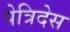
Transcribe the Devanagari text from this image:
पेत्रिदेस